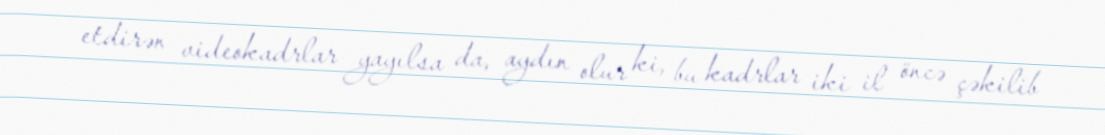
etdirən videokadrlar yayılsa da, aydın olur ki, bu kadrlar iki il öncə çəkilib